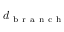
d _ { \mathrm { ~ b ~ r ~ a ~ n ~ c ~ h ~ } }